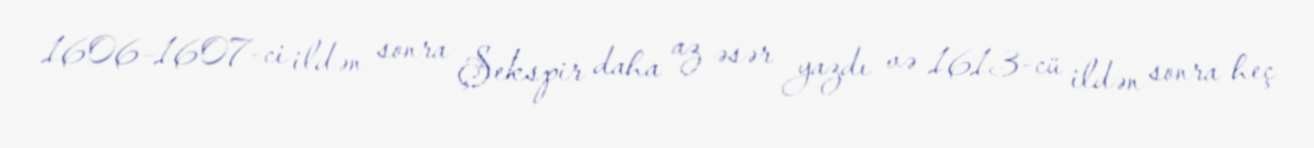
1606–1607-ci ildən sonra Şekspir daha az əsər yazdı və 1613-cü ildən sonra heç